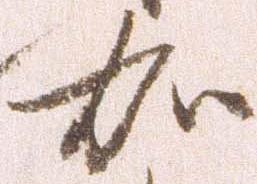
加